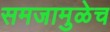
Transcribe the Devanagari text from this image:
समजामुळेच